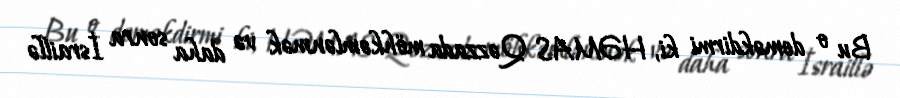
Bu o deməkdirmi ki, HƏMAS Qəzzada möhkəmlənmək və daha sonra İsraillə